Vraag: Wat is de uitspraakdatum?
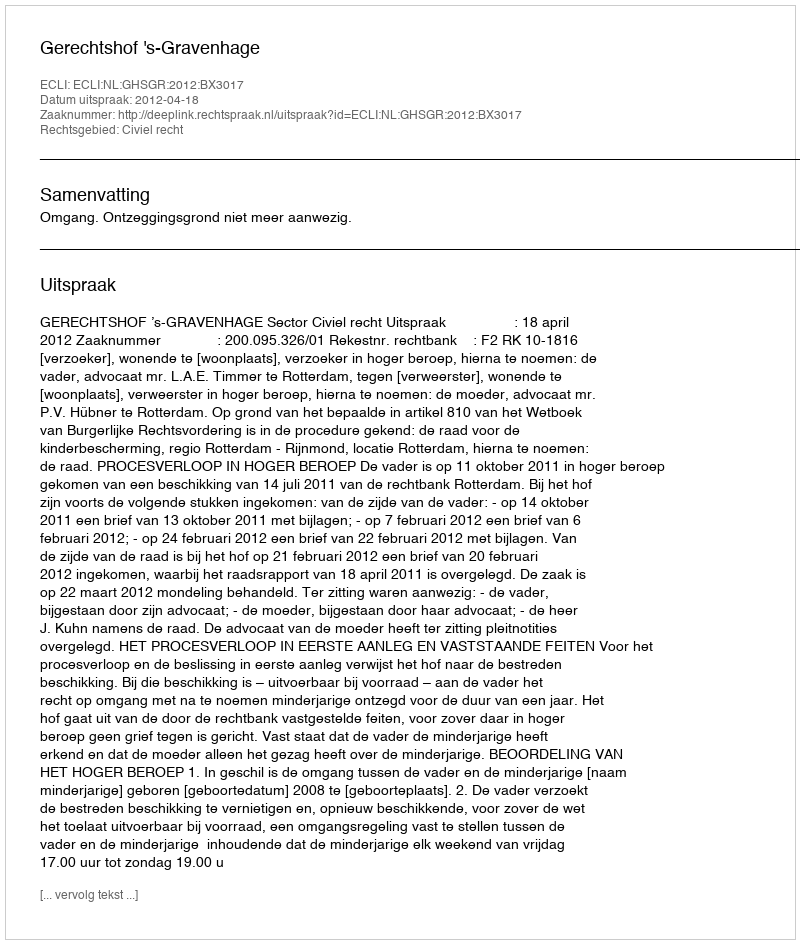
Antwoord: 2012-04-18